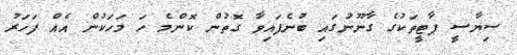
ސިޔާސީ ޕާޓީތަކުގެ ގާނޫނުގައި ބުނެފައިވާ ގޮތުން ކޮންމެ ހަ މަހަކުން އެއް ފަހަރު